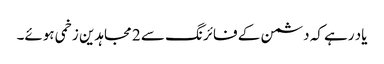
یاد رہے کہ دشمن کے فائرنگ سے 2 مجاہدین زخمی ہوئے۔